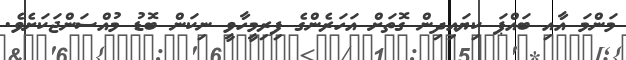
މަންމަ އާއި ބައްޕަ ކިޔައިދިން ގޮތަށް އަހަރެންގެ ފިރިމީހާވީ ނިކަން ބޮޑު މުއްސަންޖަކަށެވެ.